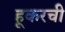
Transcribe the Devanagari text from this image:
हूकरची